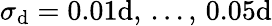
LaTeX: \sigma_{\mathrm{d}}=0.01\mathrm{d},\, ...,\, 0.05\mathrm{d}